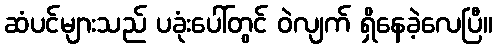
ဆံပင်များသည် ပခုံးပေါ်တွင် ဝဲလျက် ရှိနေခဲ့လေပြီ။